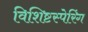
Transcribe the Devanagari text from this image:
विशिष्टस्पेरिंग